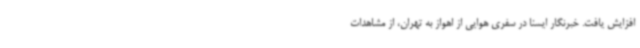
افزایش یافت. خبرنگار ایسنا در سفری هوایی از اهواز به تهران، از مشاهدات